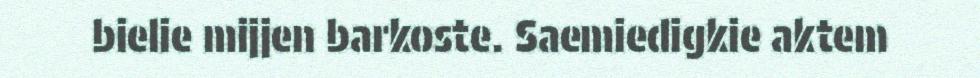
bielie mijjen barkoste. Saemiedigkie aktem